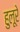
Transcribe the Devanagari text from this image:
हुलूरे